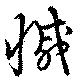
慽